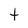
Character: t